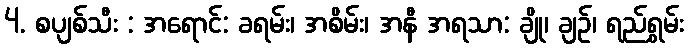
4. စပျစ်သီး : အရောင်: ခရမ်း၊ အစိမ်း၊ အနီ အရသာ: ချို၊ ချဉ်၊ ရည်ရွှမ်း